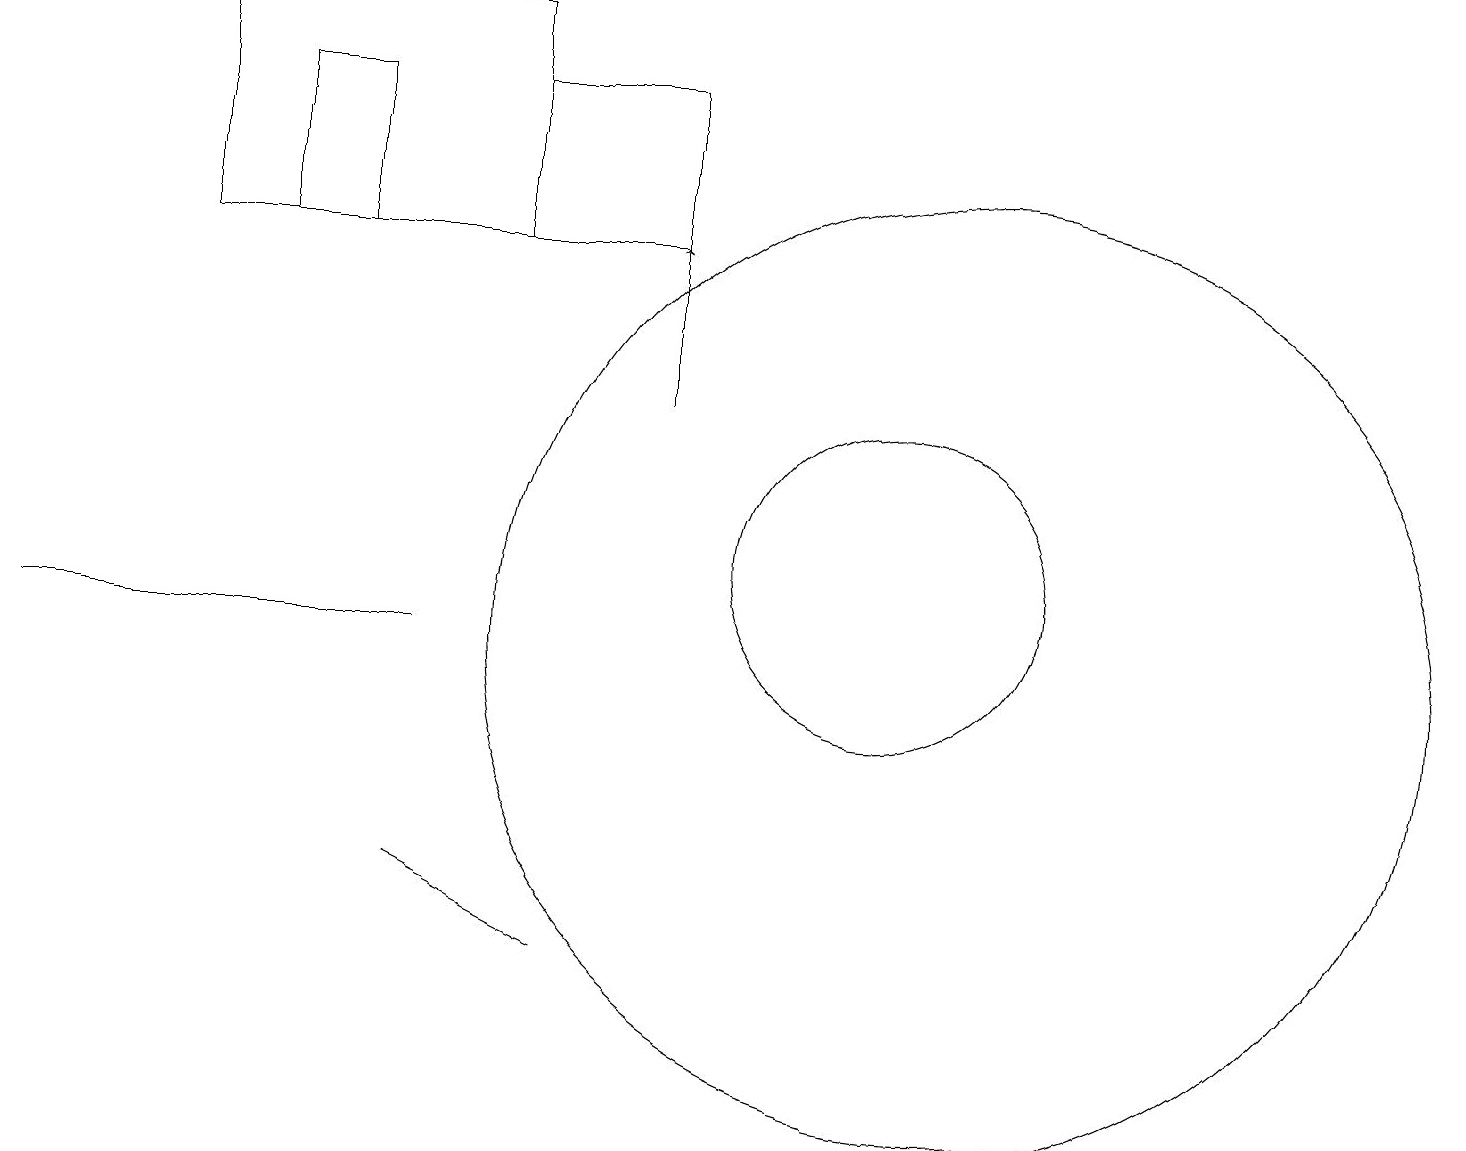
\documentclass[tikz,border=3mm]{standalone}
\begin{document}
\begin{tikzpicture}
\draw (5,10) rectangle (0,10);
\draw (8,15) rectangle (6,17);
\draw (12,10) circle (6);
\draw (3,17) rectangle (4,15);
\draw (2,18) rectangle (6,15);
\draw (7,6) -- (7,6) -- (5,7) -- cycle;
\draw (11,11) circle (2);
\draw[->] (8,13) -- (8,15);
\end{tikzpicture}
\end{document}